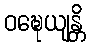
ဝဍ္ဎေယျန္တိ